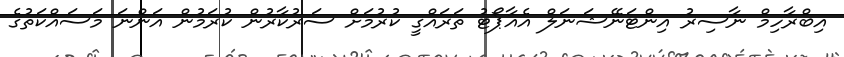
އިބްރާހިމް ނާސިރު އިންޓަނޭޝަނަލް އެއާޕޯޓު ތަރައްގީ ކުރުމަށް ސަރުކާރުން ކުރަމުން އަންނަ މަސައްކަތުގެ